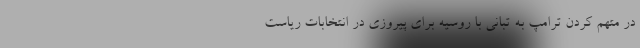
در متهم کردن ترامپ به تبانی با روسیه برای پیروزی در انتخابات ریاست